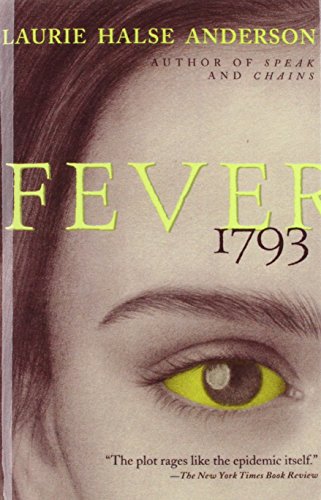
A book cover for Fever 1793; Laurie Halse Anderson; Teen & Young Adult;